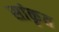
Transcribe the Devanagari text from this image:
सांकृत